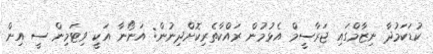
ކުޑަކަމުދާ ނިޒާމްގައި ޖަރާސީމް އެޅުމުން ރައްކާތެރިކޮށްދިނުން: އަނޯނާ އަކީ ވިޓަމިން ސީ އިން